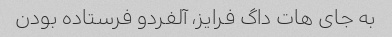
به جای هات داگ فرایز، آلفردو فرستاده بودن